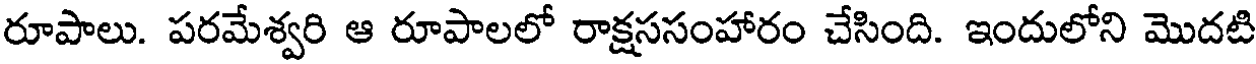
రూపాలు. పరమేశ్వరి ఆ రూపాలలో రాక్షససంహారం చేసింది. ఇందులోని మొదటి